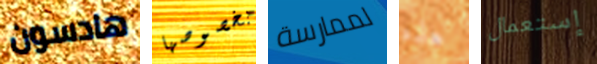
هادسون بخصوصها لممارسة هذه إستعمال